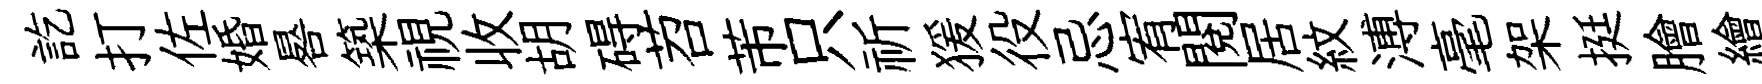
訖打佐婚晷築視收胡碍苕芾只祈猨役忌宥閱居紋溥毫架挺膾繪